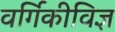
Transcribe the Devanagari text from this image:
वर्गिकीविज्ञ